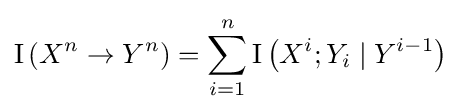
\operatorname {I} \left(X^{n}\to Y^{n}\right)=\sum _{i=1}^{n}\operatorname {I} \left(X^{i};Y_{i}\mid Y^{i-1}\right)